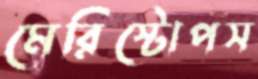
মেরিস্টোপস